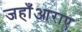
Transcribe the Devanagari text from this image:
जहाँआराए